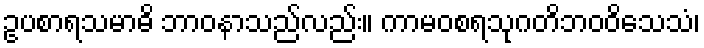
ဥပစာရသမာဓိ ဘာဝနာသည်လည်း။ ကာမဝစရသုဂတိဘဝဝိသေသံ၊